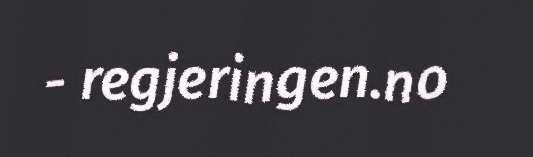
- regjeringen.no